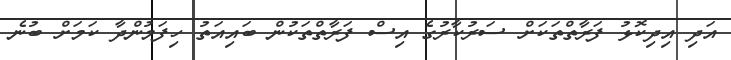
އަދި އިދިކޮޅު ފަރާތްތަކަށް ސަރުކާރުގެ އިސް ފަރާތްތަކުން ބައިއަތު ހިފަމުންދާ ކަމަށް ބުނެ